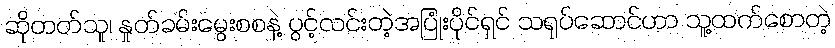
ဆိုတတ်သူ၊ နှုတ်ခမ်းမွေးစစနဲ့ ပွင့်လင်းတဲ့အပြုံးပိုင်ရှင် သရုပ်ဆောင်ဟာ သူ့ထက်စောတဲ့